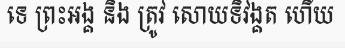
ទេ ព្រះអង្គ និង ត្រូវ សោយទិវង្គត ហើយ